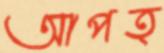
আপত্